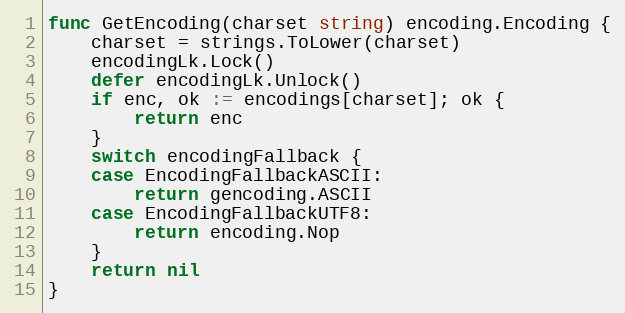
Language: Go
func GetEncoding(charset string) encoding.Encoding {
	charset = strings.ToLower(charset)
	encodingLk.Lock()
	defer encodingLk.Unlock()
	if enc, ok := encodings[charset]; ok {
		return enc
	}
	switch encodingFallback {
	case EncodingFallbackASCII:
		return gencoding.ASCII
	case EncodingFallbackUTF8:
		return encoding.Nop
	}
	return nil
}